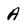
Character: A